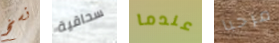
نسخ سحاقية عندما مرحبا